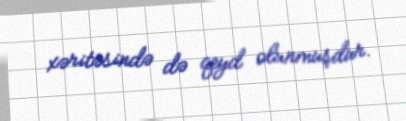
xəritəsində də qeyd olunmuşdur.